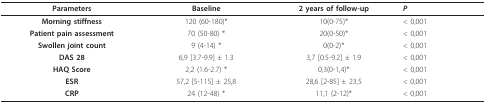
<table><thead><tr><td><b>Parameters</b></td><td><b>Baseline</b></td><td><b>2 years of follow-up</b></td><td><b><i>P</i></b></td></tr></thead><tbody><tr><td><b>Morning stiffness</b></td><td>120 (60-180)*</td><td>10(0-75)*</td><td>&lt; 0,001</td></tr><tr><td><b>Patient pain assessment</b></td><td>70 (50-80) *</td><td>20(0-50)*</td><td>&lt; 0,001</td></tr><tr><td><b>Swollen joint count</b></td><td>9 (4-14) *</td><td>0(0-2)*</td><td>&lt; 0,001</td></tr><tr><td><b>DAS 28</b></td><td>6,9 [3.7-9.9] ± 1.3</td><td>3,7 [0.5-9.2] ± 1.9</td><td>&lt; 0,001</td></tr><tr><td><b>HAQ Score</b></td><td>2,2 (1.6-2.7) *</td><td>0,3(0-1,4)*</td><td>&lt; 0,001</td></tr><tr><td><b>ESR</b></td><td>57,2 [5-115] ± 25,8</td><td>28,6 [2-85] ± 23,5</td><td>&lt; 0,001</td></tr><tr><td><b>CRP</b></td><td>24 (12-48) *</td><td>11,1 (2-12)*</td><td>&lt; 0,001</td></tr></tbody></table>